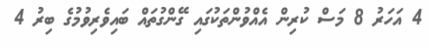
4 އަހަރު 8 މަސް ކުރިން އެއްވުންތަކުގައި ގޭންގުތައް ބައިވެރިވުމުގެ ބިރު 4